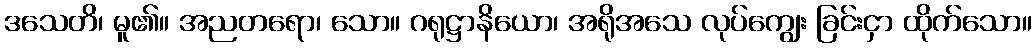
ဒသေတိ၊ မူ၏။ အညတရော၊ သော။ ဂရုဋ္ဌာနိယော၊ အရိုအသေ လုပ်ကျွေး ခြင်းငှာ ထိုက်သော။